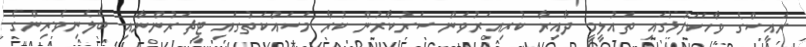
ރައީސްގެ ވާހަކަފުޅުގައި ތައުލީމީ ދާއިރާ ކުރިއަރުވަން ސަރުކާރުން ކުރާ މަސައްކަތުގައި ޓީޗަރުންނާއި ބެލެނިވެރިންގެ